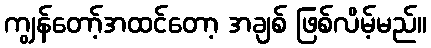
ကျွန်တော့်အထင်တော့ အချစ် ဖြစ်လိမ့်မည်။